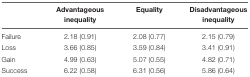
|  | Advantageous inequality | Equality | Disadvantageous inequality |
 | --- | --- | --- | --- |
 | Failure | 2.18 (0.91) | 2.08 (0.77) | 2.15 (0.79) |
 | Loss | 3.66 (0.85) | 3.59 (0.84) | 3.41 (0.91) |
 | Gain | 4.99 (0.63) | 5.07 (0.55) | 4.82 (0.71) |
 | Success | 6.22 (0.58) | 6.31 (0.56) | 5.86 (0.64) |